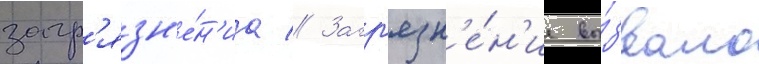
загр'язн'е́н'иа // Загр'язн'е́н'ие вы́звало